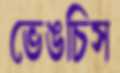
ভেঙচিস